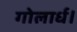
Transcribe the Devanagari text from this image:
गोलार्ध।